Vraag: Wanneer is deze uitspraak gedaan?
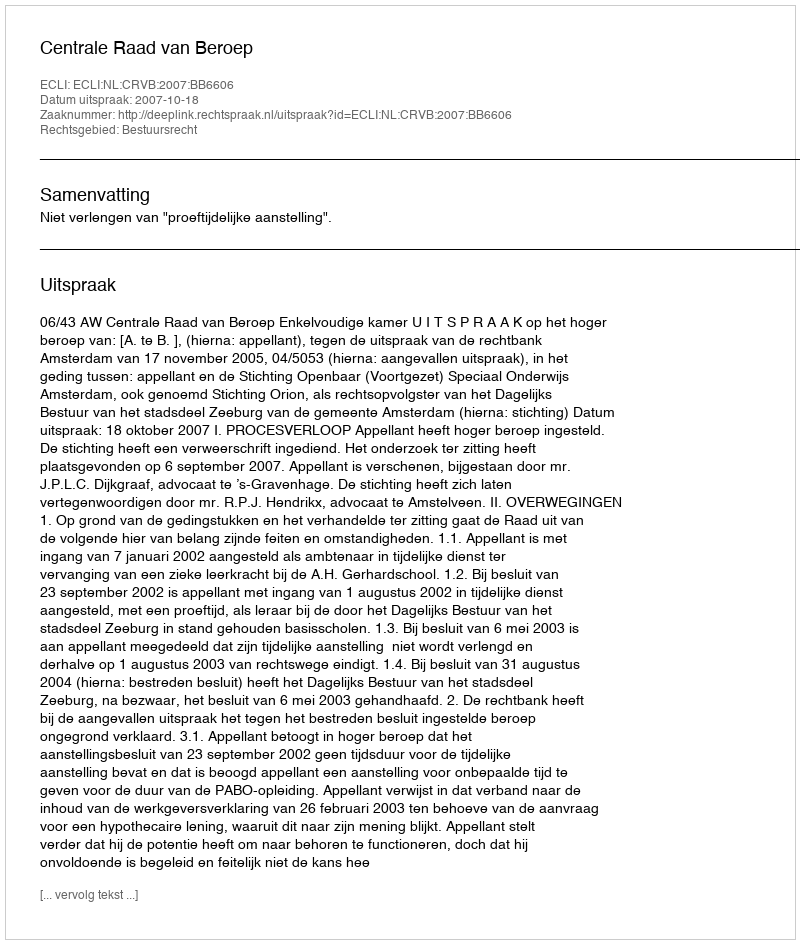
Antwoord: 2007-10-18